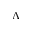
\Lambda